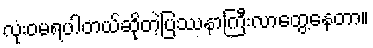
လုံးဝမရပါတယ်ဆိုတဲ့ပြဿနာကြီးလာတွေ့နေတာ။